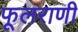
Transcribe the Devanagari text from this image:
फूलराणी